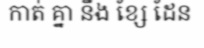
កាត់ គ្នា នឹង ខ្សែ ដែន